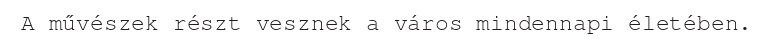
A művészek részt vesznek a város mindennapi életében.